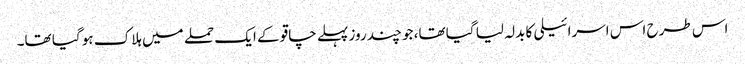
اس طرح اس اسرائیلی کا بدلہ لیا گیا تھا، جو چند روز پہلے چاقو کے ایک حملے میں ہلاک ہو گیا تھا۔